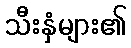
သီးနှံများ၏